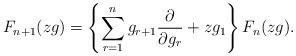
LaTeX: \begin{align*}F_{n+1}(zg)= \left\{ \sum_{r=1}^n g_{r+1} \frac{\partial}{\partial g_r}+zg_1 \right\} F_n(zg). \end{align*}